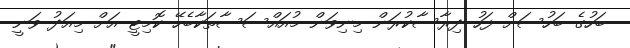
ބަހުގެ ބަހުސަށް ފަހު ދިރާސާކުރަން މިނިވަން މުއައްސަސާތަކާބެހޭ ކޮމިޓީ އަށް މިއަދު ވަނީ